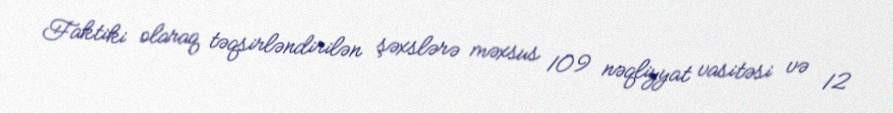
Faktiki olaraq təqsirləndirilən şəxslərə məxsus 109 nəqliyyat vasitəsi və 12